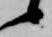
候